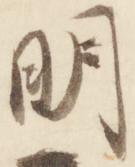
明